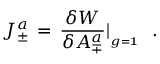
J _ { \pm } ^ { a } \, = \, { \frac { \delta W } { \delta A _ { \mp } ^ { a } } } \vert _ { _ { g = { \bf 1 } } } \, \, \, \, .